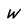
Character: w